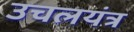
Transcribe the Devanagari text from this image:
उचलयंत्र